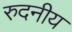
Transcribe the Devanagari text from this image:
रुदनीय